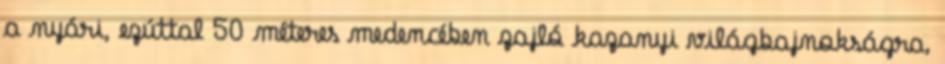
a nyári, ezúttal 50 méteres medencében zajló kazanyi világbajnokságra,